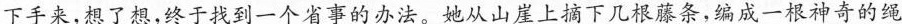
下手来，想了想，终于找到一个省事的办法。\underline{她从山崖上摘下几根藤条，编成一根神奇的绳}